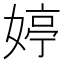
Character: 婷